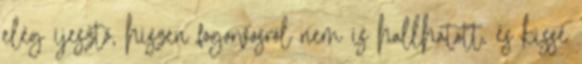
elég ijesztő, hiszen fogorvosról nem is hallhatott, és kissé